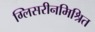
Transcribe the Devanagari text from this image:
ग्लिसरीनमिश्रित